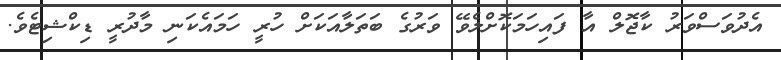
އެދުވަސްވަރު ކާޖޮލް އާ ފައިހަމަކޮށްލެވޭ ވަރުގެ ބަތަލާއަކަށް ހުރީ ހަމައެކަނި މާދުރީ ޑިކްޝިޓެވެ.